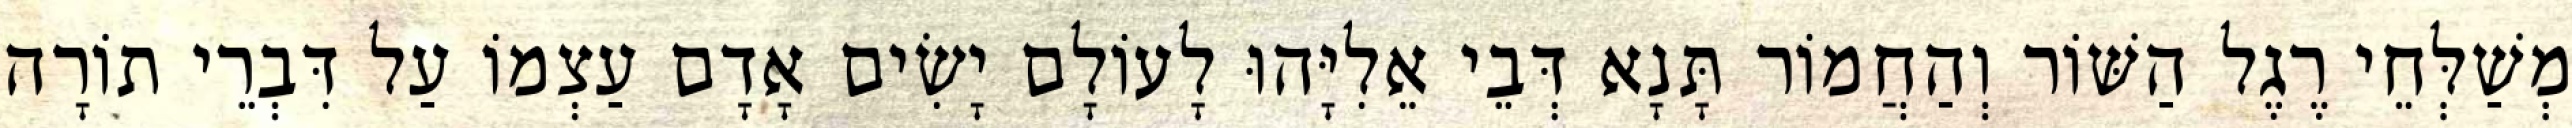
מְשַׁלְּחֵי רֶגֶל הַשּׁוֹר וְהַחֲמוֹר תָּנָא דְּבֵי אֵלִיָּהוּ לָעוֹלָם יָשִׂים אָדָם עַצְמוֹ עַל דִּבְרֵי תוֹרָה